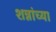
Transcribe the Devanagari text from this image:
शन्नांच्या